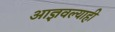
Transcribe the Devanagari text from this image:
आज्ञवल्याही